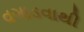
વગાડવાથી